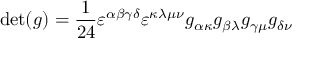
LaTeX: \operatorname* { d e t } ( g ) = { \frac { 1 } { 2 4 } } \varepsilon ^ { \alpha \beta \gamma \delta } \varepsilon ^ { \kappa \lambda \mu \nu } g _ { \alpha \kappa } g _ { \beta \lambda } g _ { \gamma \mu } g _ { \delta \nu }